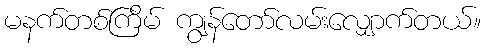
မနက်တစ်ကြိမ် ကျွန်တော်လမ်းလျှောက်တယ်။